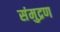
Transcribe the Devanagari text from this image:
संमुद्रण